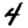
Digit: 4